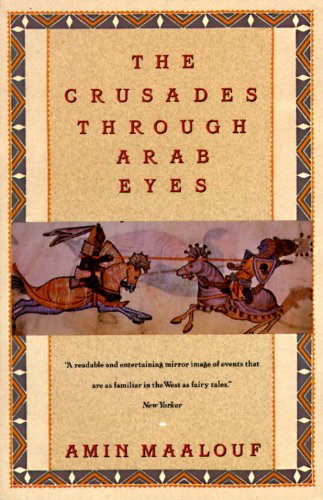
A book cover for The Crusades Through Arab Eyes (Saqi Essentials); Amin Maalouf; History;